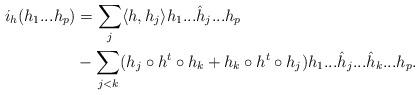
LaTeX: \begin{align*} i_h(h_1...h_p)&=\sum_{j}\langle h,h_j\rangle h_1...\hat{h}_j...h_p\\ &-\sum_{j<k}(h_j\circ h^t\circ h_k+h_k\circ h^t\circ h_j)h_1...\hat{h}_j...\hat{h}_k...h_p. \end{align*}